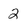
Character: 2